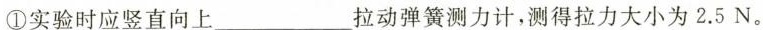
①实验时应竖直向上___ 拉动弹簧测力计，测得拉力大小为2.5N。